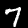
Digit: 7